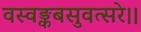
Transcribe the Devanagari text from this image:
वस्वङ्कबसुवत्सरे।।